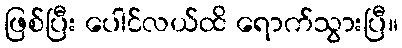
ဖြစ်ပြီး ပေါင်လယ်ထိ ရောက်သွားပြီ။